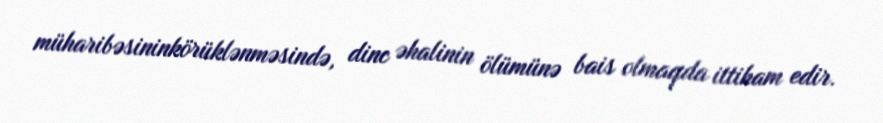
müharibəsininkörüklənməsində, dinc əhalinin ölümünə bais olmaqda ittiham edir.